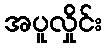
အပူလှိုင်း